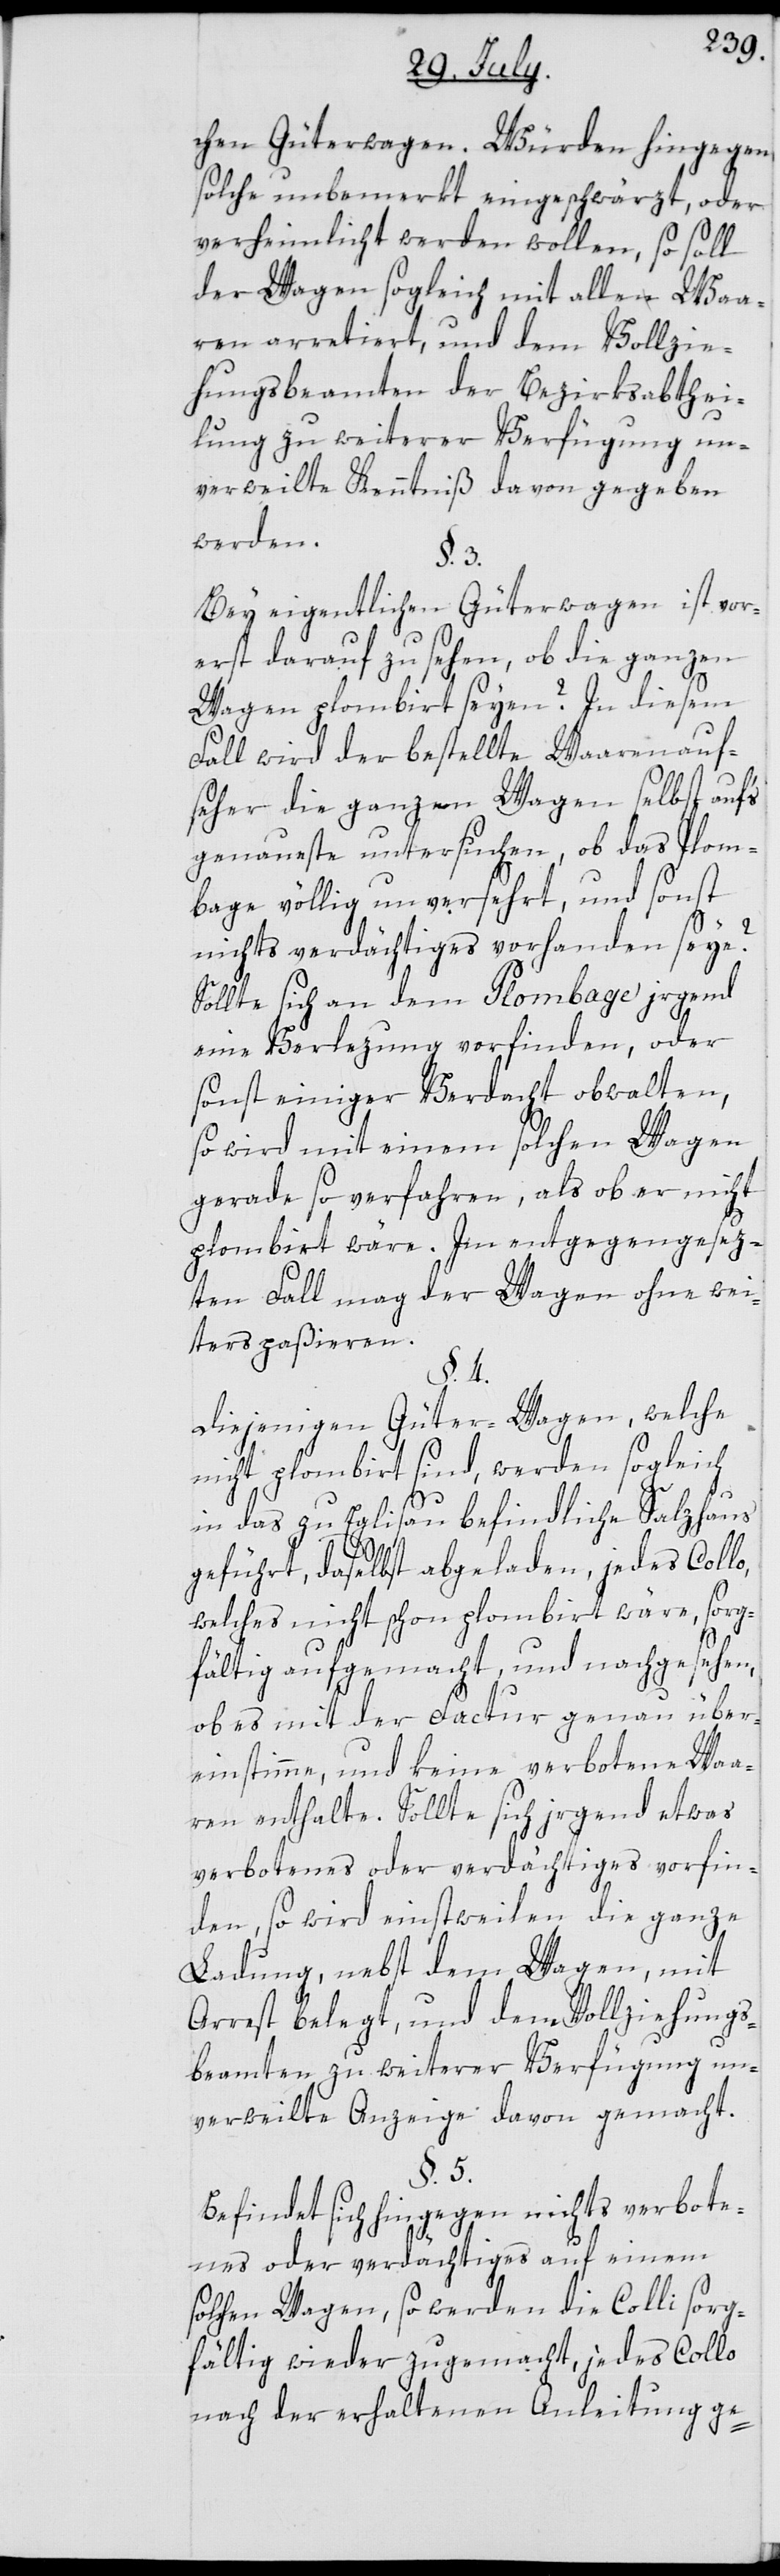
chen Güterwagen. Würden hingegen
solche unbemerkt eingeschwärzt, oder
verheimlicht werden wollen, so soll
der Wagen sogleich mit allen Waa¬
ren arretiert, und dem Vollzie¬
hungsbeamten der Bezirksabthei¬
lung zu weiterer Verfügung un¬
verweilte Kenntniß davon gegeben
werden.
§. 3.
Bey eigentlichen Güterwagen ist vor¬
erst darauf zu sehen, ob die ganzen
Wagen plombiert seyen? In diesem
Fall wird der bestellte Waarenauf¬
seher die ganzen Wagen selbst auf’s
genaueste untersuchen, ob das Plom¬
bage völlig unversehrt, und sonst
nichts Verdächtiges vorhanden seye?
Sollte sich an dem Plombage irgend
eine Verlezung vorfinden, oder
sonst einiger Verdacht obwalten,
so wird mit einem solchen Wagen
gerade so verfahren, als ob er nicht
plombiert wäre. Im entgegengesez¬
ten Fall mag der Wagen ohne wei¬
ters paßieren.
§. 4.
Diejenigen Gürter-Wagen, welche
nicht plombiert sind, werden sogleich
in das zu Eglisau befindliche Salzhaus
geführt, daselbst abgeladen, jedes Collo,
welches nicht schon plombiert wäre, sorg¬
fältig aufgemacht, und nachgesehen,
ob es mit der Factur genau über¬
einstimme, und keine verbotene Waa¬
ren enthalte. Sollte sich irgend etwas
verbotenes oder verdächtiges vorfin¬
den, so wird einstweilen die ganze
Ladung nebst dem Wagen, mit
Arrest belegt, und den Vollziehungs¬
beamten zu weiterer Verfügung un¬
verweilte Anzeige davon gemacht.
§. 5.
Befindet sich hingegen nichts verbote¬
nes oder verdächtiges auf einem
solchen Wagen, so werden die Colli sorg¬
fältig wieder zugemacht, jedes Collo
nach der erhaltenen Anleitung ge-